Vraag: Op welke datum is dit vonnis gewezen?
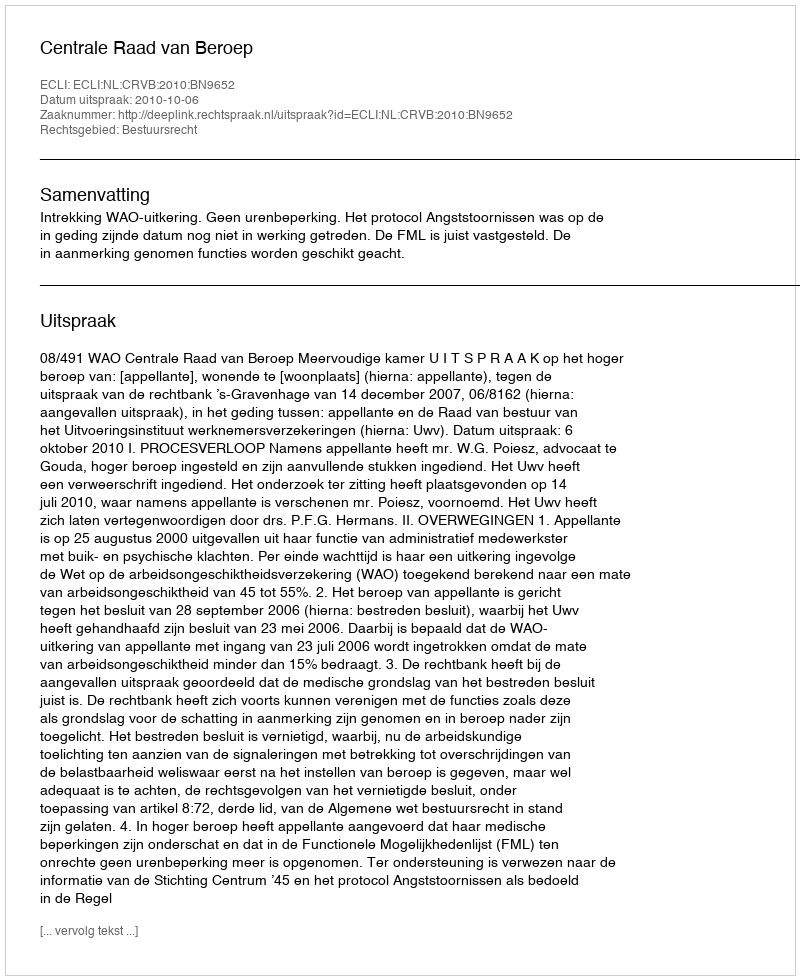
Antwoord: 2010-10-06